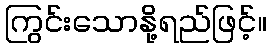
ကြွင်းသောနို့ရည်ဖြင့်။